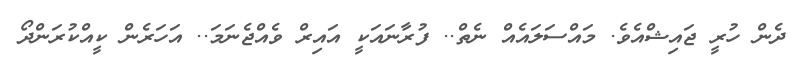
ދެން ހުރީ ޖައިޝްއެވެ. މައްސަލައެއް ނެތް.. ފުރާނައަކީ އައިރް ވެއްޖެނަމަ.. އަހަރެން ކީއްކުރަންދޯ